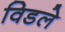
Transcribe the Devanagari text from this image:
विडले